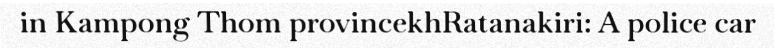
in Kampong Thom provincekhRatanakiri: A police car